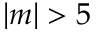
| m | > 5